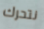
نتحرك